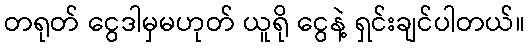
တရုတ် ငွေဒါမှမဟုတ် ယူရို ငွေနဲ့ ရှင်းချင်ပါတယ်။